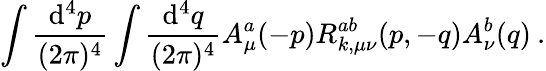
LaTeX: \int\frac{\mathrm{d}^{4}p}{(2\pi)^{4}}\int\frac{\mathrm{d}^{4}q}{(2\pi)^{4}}A_{\mu}^{a}(-p)R_{k,\mu\nu}^{ab}(p,-q)A_{\nu}^{b}(q)\: .